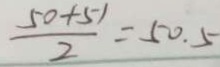
\frac { 5 0 + 5 1 } { 2 } = 5 0 . 5